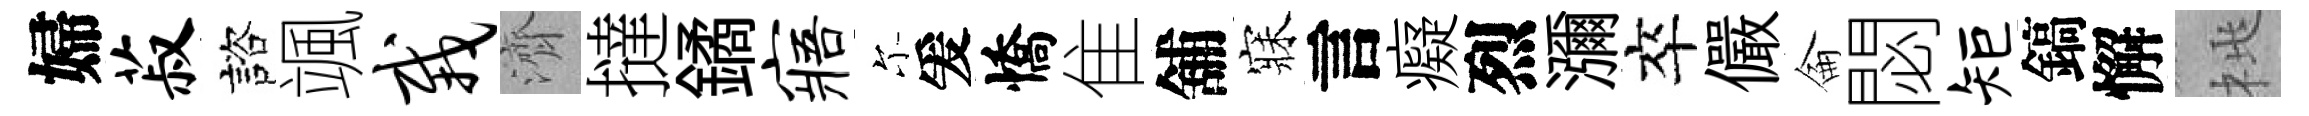
婦菽諮颯栽濟撻鐍寤尓爰憍隹舖寐言癡烈瀰卒儼侖閟矩鎬懈桃